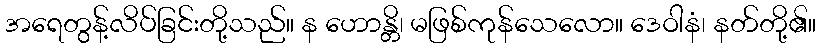
အရေတွန့်လိပ်ခြင်းတို့သည်။ န ဟောန္တိ၊ မဖြစ်ကုန်သေလော။ ဒေဝါနံ၊ နတ်တို့၏။